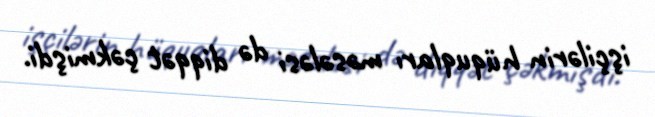
işçilərin hüquqları məsələsi də diqqət çəkmişdi.